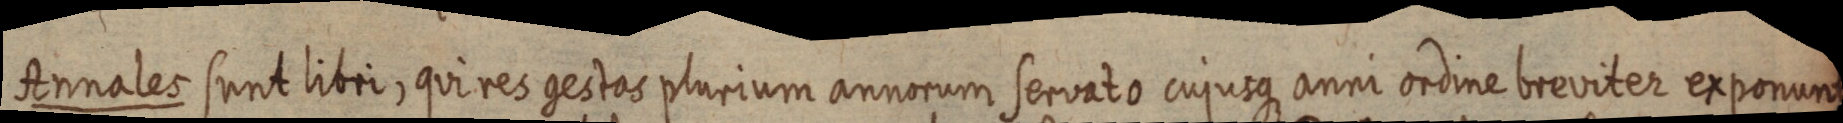
Annales sunt libri, qui res gestas plurium annorum servato cujusque anni ordine breviter exponunt